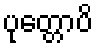
ပုတ္တောပိ